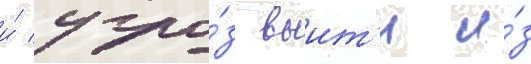
и́ угро́з выит'и и́з